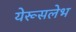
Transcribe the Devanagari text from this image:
येरूसलेभ